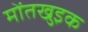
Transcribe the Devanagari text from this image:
मोंतखुइक